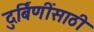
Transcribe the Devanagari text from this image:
दुर्बिणींसाठी